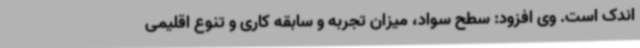
اندک است. وی افزود: سطح سواد، میزان تجربه و سابقه کاری و تنوع اقلیمی